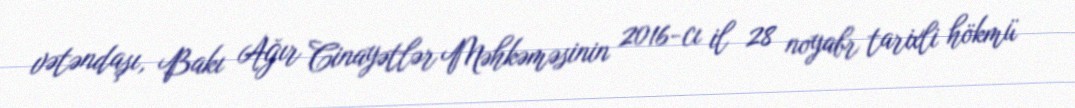
vətəndaşı, Bakı Ağır Cinayətlər Məhkəməsinin 2016-cı il 28 noyabr tarixli hökmü